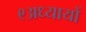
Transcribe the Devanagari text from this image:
९अध्यायों